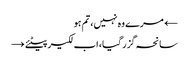
← مرے وہ نہیں، تم ہو
سانحہ گزر گیا، اب لکیر پیٹئے →